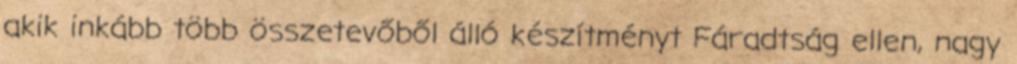
akik inkább több összetevőből álló készítményt Fáradtság ellen, nagy